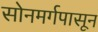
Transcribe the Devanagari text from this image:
सोनमर्गपासून